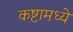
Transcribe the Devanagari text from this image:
कष्टामध्ये